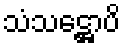
သံသဋ္ဌောပိ